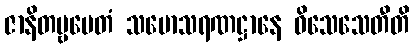
ဇာနိတဗ္ဗမေတံ သမောသရဏဋ္ဌာနေ ဝိသေသေတီတိ